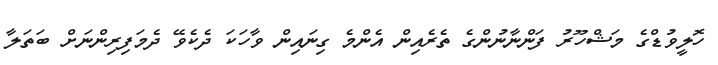
ހޮލީވުޑްގެ މަޝްހޫރު ފަންނާނުންގެ ތެރެއިން އެންމެ ގިނައިން ވާހަކަ ދެކެވޭ ދެމަފިރިންނަށް ބަތަލާ